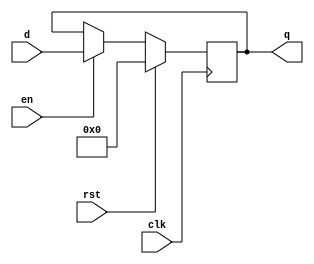

`timescale 1ns/1ns

module flopr_param (clk, rst,en ,q,d);

parameter n=32;
input clk,rst;
input [n-1:0] d;
input en;
output reg [n-1:0] q;

always @ (posedge clk)

  if(rst) q<=0;
  else if (!en) q<=q;
  else q<=d;
    
endmodule